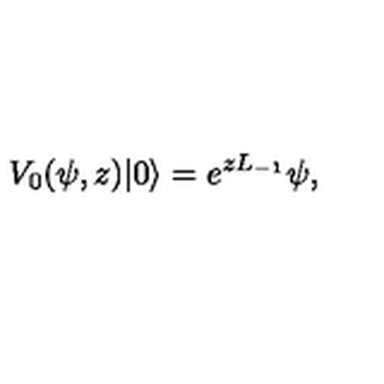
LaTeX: V _ { 0 } ( \psi , z ) | 0 \rangle = e ^ { z L _ { - 1 } } \psi ,